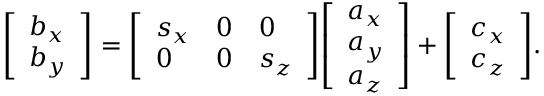
{ \left[ \begin{array} { l } { b _ { x } } \\ { b _ { y } } \end{array} \right] } = { \left[ \begin{array} { l l l } { s _ { x } } & { 0 } & { 0 } \\ { 0 } & { 0 } & { s _ { z } } \end{array} \right] } { \left[ \begin{array} { l } { a _ { x } } \\ { a _ { y } } \\ { a _ { z } } \end{array} \right] } + { \left[ \begin{array} { l } { c _ { x } } \\ { c _ { z } } \end{array} \right] } .